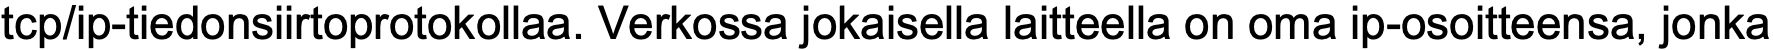
tcp/ip-tiedonsiirtoprotokollaa. Verkossa jokaisella laitteella on oma ip-osoitteensa, jonka